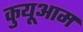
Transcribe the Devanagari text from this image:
कुयूआम